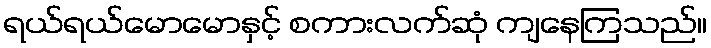
ရယ်ရယ်မောမောနှင့် စကားလက်ဆုံ ကျနေကြသည်။